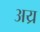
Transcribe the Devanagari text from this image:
अय्र